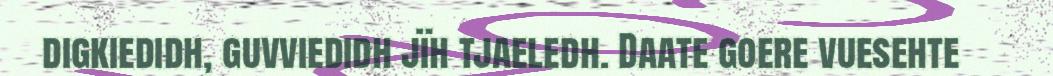
digkiedidh, guvviedidh jïh tjaeledh. Daate goere vuesehte